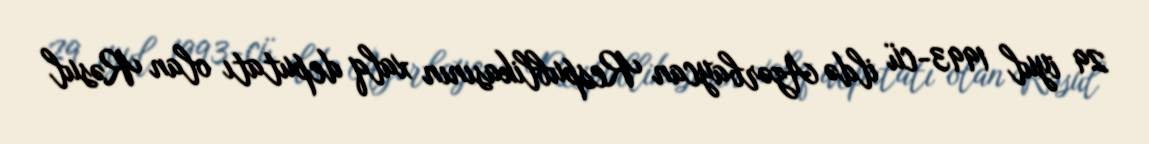
29 iyul 1993-cü ildə Azərbaycan Respublikasının xalq deputatı olan Rəsul